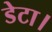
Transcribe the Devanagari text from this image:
डेटा।